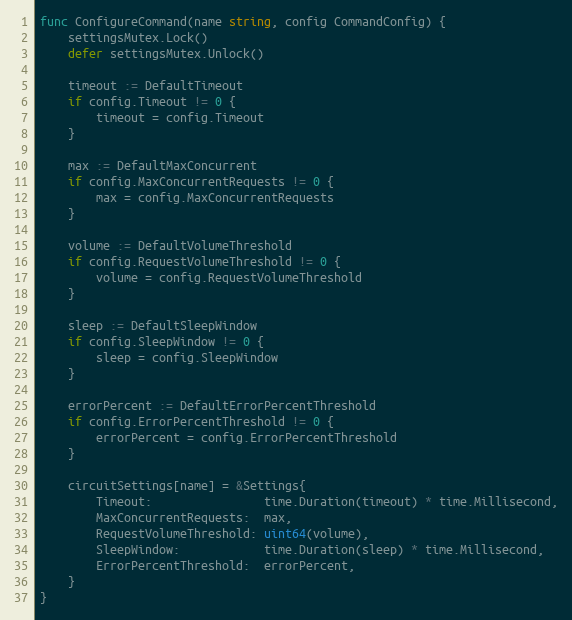
Language: Go
func ConfigureCommand(name string, config CommandConfig) {
	settingsMutex.Lock()
	defer settingsMutex.Unlock()

	timeout := DefaultTimeout
	if config.Timeout != 0 {
		timeout = config.Timeout
	}

	max := DefaultMaxConcurrent
	if config.MaxConcurrentRequests != 0 {
		max = config.MaxConcurrentRequests
	}

	volume := DefaultVolumeThreshold
	if config.RequestVolumeThreshold != 0 {
		volume = config.RequestVolumeThreshold
	}

	sleep := DefaultSleepWindow
	if config.SleepWindow != 0 {
		sleep = config.SleepWindow
	}

	errorPercent := DefaultErrorPercentThreshold
	if config.ErrorPercentThreshold != 0 {
		errorPercent = config.ErrorPercentThreshold
	}

	circuitSettings[name] = &Settings{
		Timeout:                time.Duration(timeout) * time.Millisecond,
		MaxConcurrentRequests:  max,
		RequestVolumeThreshold: uint64(volume),
		SleepWindow:            time.Duration(sleep) * time.Millisecond,
		ErrorPercentThreshold:  errorPercent,
	}
}